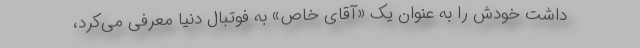
داشت خودش را به عنوان یک «آقای خاص» به فوتبال دنیا معرفی می‌کرد،